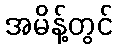
အမိန့်တွင်